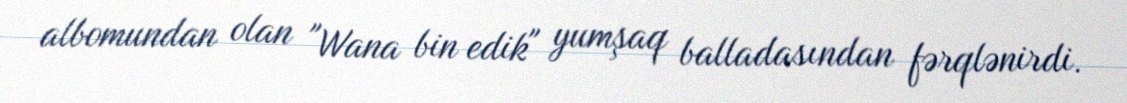
albomundan olan "Wana bin edik" yumşaq balladasından fərqlənirdi.